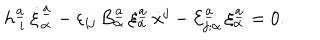
h _ { \ i } ^ { \underline { { { a } } } } \, \dot { \xi } _ { \alpha } ^ { \underline { { { a } } } } - \varepsilon _ { i j } \, B _ { \alpha } ^ { \underline { { { a } } } } \, \xi _ { \alpha } ^ { \underline { { { a } } } } \, \dot { x } ^ { j } - { \cal E } _ { j ; \alpha } ^ { \underline { { { a } } } } \, \xi _ { \alpha } ^ { \underline { { { a } } } } = 0 .